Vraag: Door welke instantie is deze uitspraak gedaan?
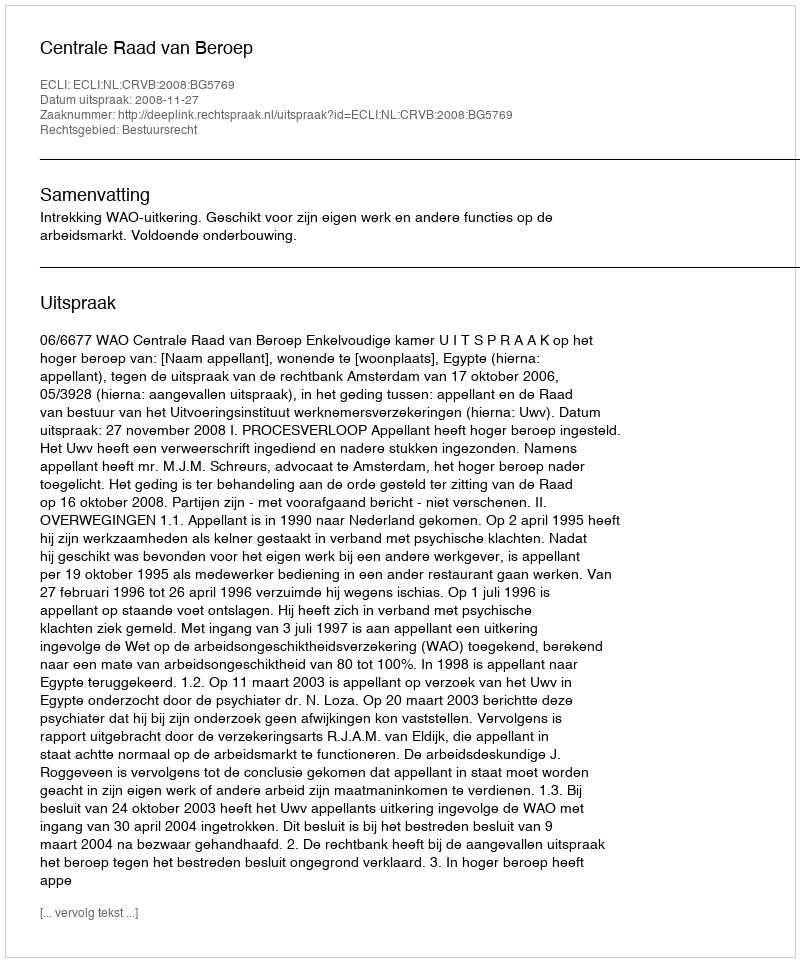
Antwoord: Centrale Raad van Beroep